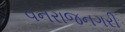
વનરાજનગરી